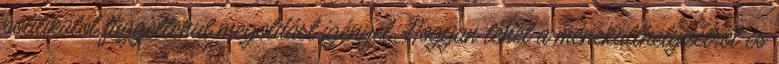
politikától függetlenül megoldást igényel. Hogyan lehet a menekülthelyzetről és